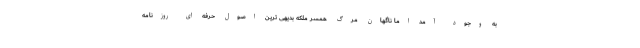
به وجود آمد اما ناگهان مرگ همسر ملکه بدیهی ترین اصول حرفه ای روزنامه